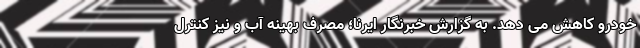
خودرو کاهش می دهد. به گزارش خبرنگار ایرنا؛ مصرف بهینه آب و نیز کنترل